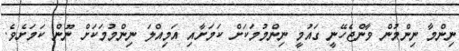
ނިންމާ ނިންމުން ވާންޖެހޭނީ ގައުމީ ނިންމުމަކަށް ކަމަށާއި އަމިއްލަ ނިންމުމަކަށް ނޫން ކަމަށެވެ.